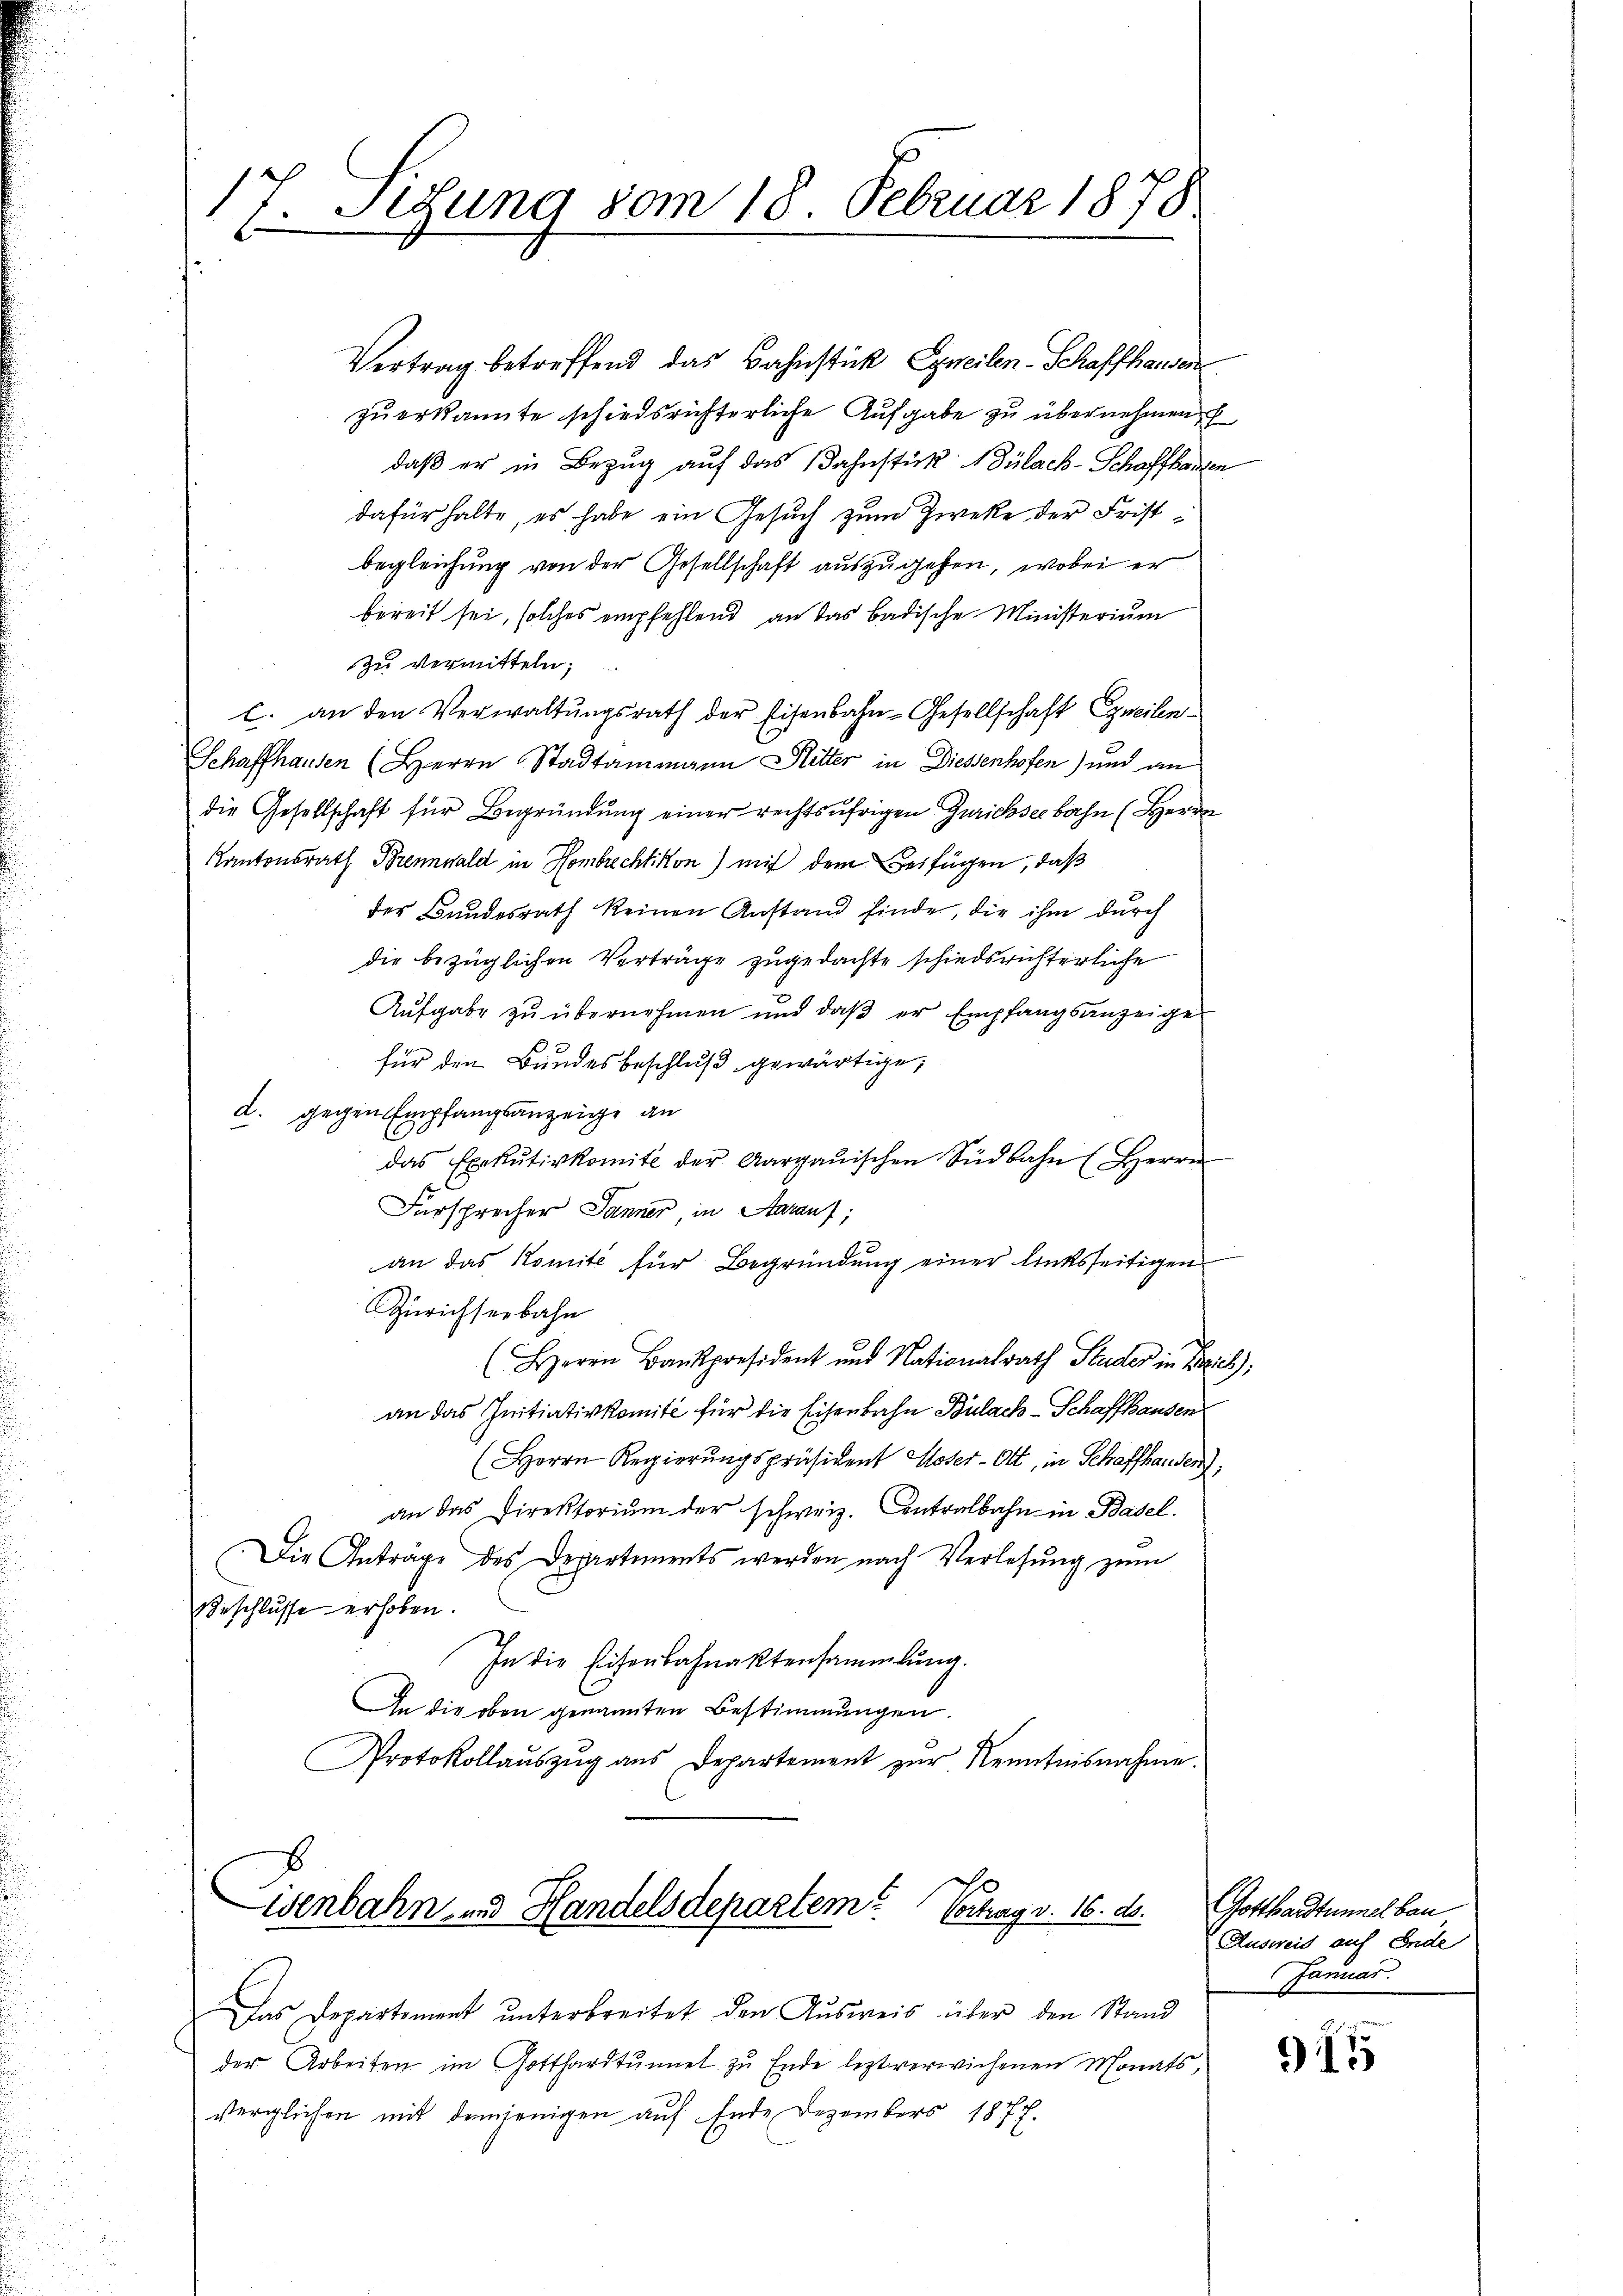
17. Sitzung vom 18. Februar 1878

Vertrag betreffend das Bahnstück Egneilen-Schaffhausen
zŭerkannte schiedsrichterliche Aufgabe zu übernehmen
daß er in Bezug auf das Bahnstück Bülach-Schaffhausen
dafür halte, es habe ein Gesuch zum Zweke der Frist
begleichung von der Gesellschaft auszugehen, wobei er
bereit sei, solches empfehlend an das Badische Ministerium
zu vermitteln;
c. an den Verwaltungsrath der Eisenbahn-Gesellschaft Eyneilen¬
Schaffhausen (Herrn Stadtammann Ritter in Diessenhofen) und an
die Gesellschaft für Begründung einer rechtsufrigen Zürichseebahn (Herrn
Kantonsrath Brennwald in Hombrechtikon) mit dem Beifügen, daß
der Bundesrath keinen Anstand finde, die ihm durch
die bezüglichen Verträge zugedachte schiedsrichterliche
Aŭfgabe zŭ übernehmen und daβ er Empfangsanzeiger
für den Bundesbeschluß gewärtige
d. gegen Empfangsanzeige an
19.
das Exekutivkomite der Aargauischen Südbahn (Herrn
Fürsprecher Jänner in Aarauf,
an das Komité für Begründŭng einer linksseitigen
Zürichseebahn
(HHerrn Baŭpräsident und Nationalrath Studer in Zürich
an das Initiativkomite für die Eisenbahn Bülach–Schaffhausen
(Herrn Regierŭngspräsident Moser-Ott, in Schaffhausen),
an das Direktorium der schweiz. Antralbahn in Basel.
Die Antrage des Departements werden nach Verlesung zum
Beschlusse erhoben.
In die Eisenbahnaktensammlung.
An die oben genannten Bestimmungen.
Protokollaŭszŭg ans Departement zŭr Kenntnisnahme.

Wenbahn- und Handelsdepartem Vortrag v. 16. ds.

Das Departement ŭnterbreitet den Aŭsweis über den Stand
der Arbeiten im Gotthardtunnel zu Ende leztverwichenen Monats,
verglichen mit demjenigen auf Ende Dezembers 1877.

Gotthardtunnel bau
Ausweis auf Ende
Januar.

)15